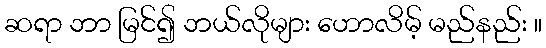
ဆရာ ဘာ မြင်၍ ဘယ်လိုများ ဟောလိမ့် မည်နည်း ။